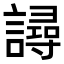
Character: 𧫿